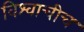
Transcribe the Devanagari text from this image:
विश्वाचीच